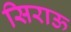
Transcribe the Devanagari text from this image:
सिराऊ